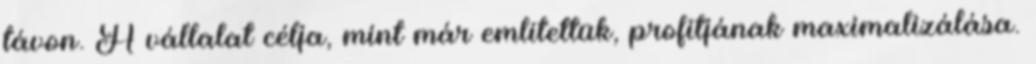
távon. A vállalat célja, mint már említettük, profitjának maximalizálása.